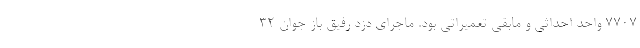
۷۷۰۷ واحد احداثی و مابقی تعمیراتی بود. ماجرای دزد رفیق باز جوان ۳۲